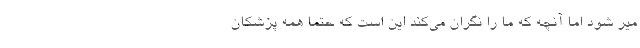
میر شود اما آنچه که ما را نگران می‌کند این است که حتما همه پزشکان